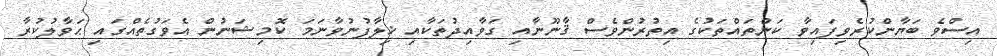
އިސްވެ ބަޔާންކުރެވިފައިވާ ކަންތައްތަކުގެ އިތުރުންވެސް ޤާނޫނާއި ގަވާއިދުތަކާއި ޚިލާފުނުވާނަމަ ކޮމިޝަނުން އެވަގުތެއްގައި ޙަވާލުކުރާ